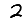
Digit: 2